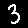
Digit: 3